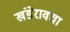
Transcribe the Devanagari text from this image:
खंडेरावचा